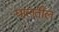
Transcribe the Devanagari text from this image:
घालतील